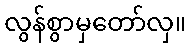
လွန်စွာမှတော်လှ။